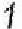
1